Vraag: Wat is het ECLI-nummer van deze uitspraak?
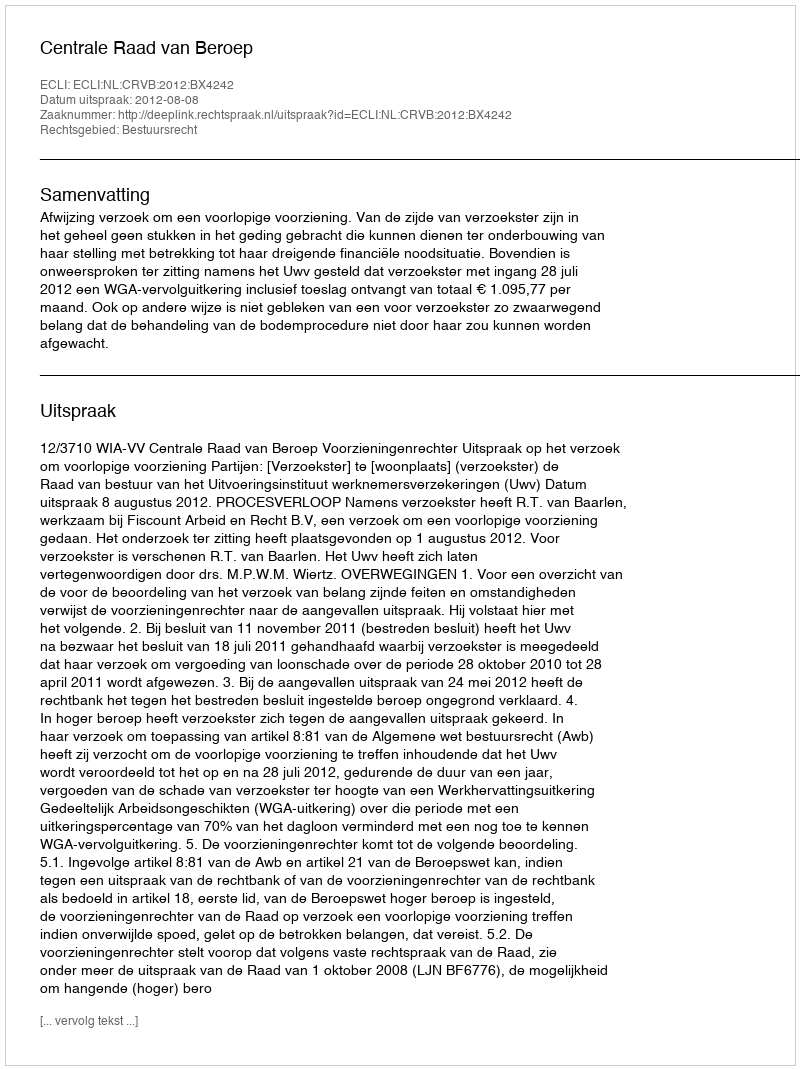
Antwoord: ECLI:NL:CRVB:2012:BX4242